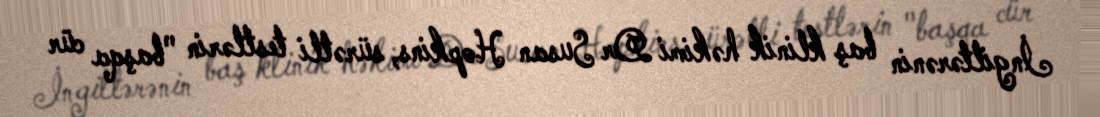
İngiltərənin baş klinik həkimi Dr Susan Hopkins, sürətli testlərin "başqa cür